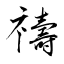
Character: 禱